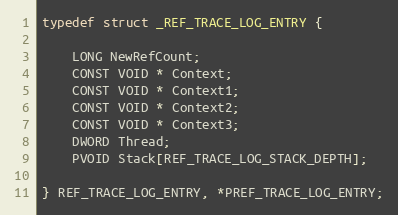
Language: C
typedef struct _REF_TRACE_LOG_ENTRY {

    LONG NewRefCount;
    CONST VOID * Context;
    CONST VOID * Context1;
    CONST VOID * Context2;
    CONST VOID * Context3;
    DWORD Thread;
    PVOID Stack[REF_TRACE_LOG_STACK_DEPTH];

} REF_TRACE_LOG_ENTRY, *PREF_TRACE_LOG_ENTRY;